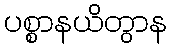
ပစ္စာနယိတွာန